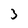
Character: 3